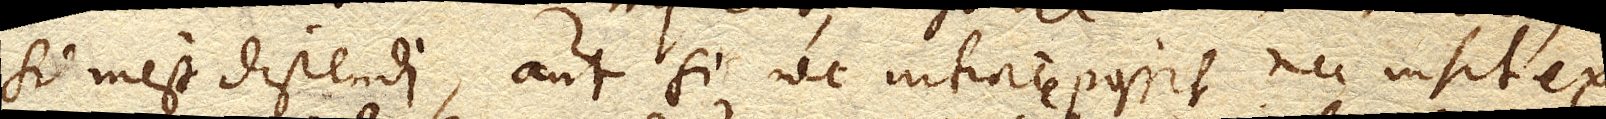
si inest distendi, aut si nec intrare possit nec insit ex